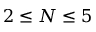
2 \leq N \leq 5